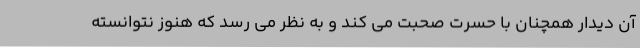
آن دیدار همچنان با حسرت صحبت می کند و به نظر می رسد که هنوز نتوانسته